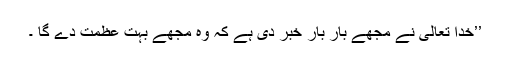
’’خدا تعالیٰ نے مجھے بار بار خبر دی ہے کہ وہ مجھے بہت عظمت دے گا ۔